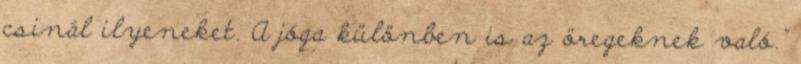
csinál ilyeneket. A jóga különben is az öregeknek való."